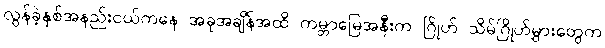
လွန်ခဲ့နှစ်အနည်းငယ်ကနေ အခုအချိန်အထိ ကမ္ဘာမြေအနီးက ဂြိုဟ် သိမ်ဂြိုဟ်မွှားတွေက